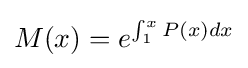
M(x)=e^{\int _{1}^{x}P(x)dx}